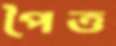
পৈত্ত